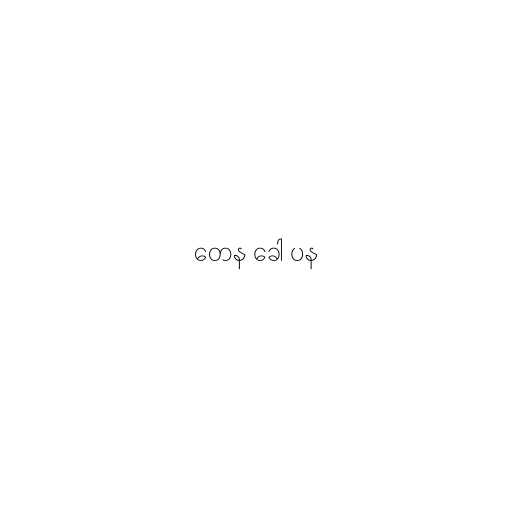
တေန ခေါ ပန